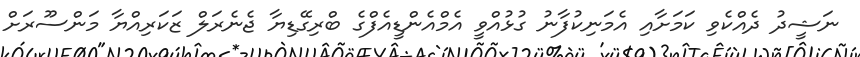
ނަޝީދު ދެއްކެވި ކަމަށާއި އެމަނިކުފާނު ގުޅުއްވީ އެމްއެންޑީއެފްގެ ބްރިގޭޑިޔާ ޖެނެރަލް ޒަކަރިއްޔާ މަންސޫރަށް